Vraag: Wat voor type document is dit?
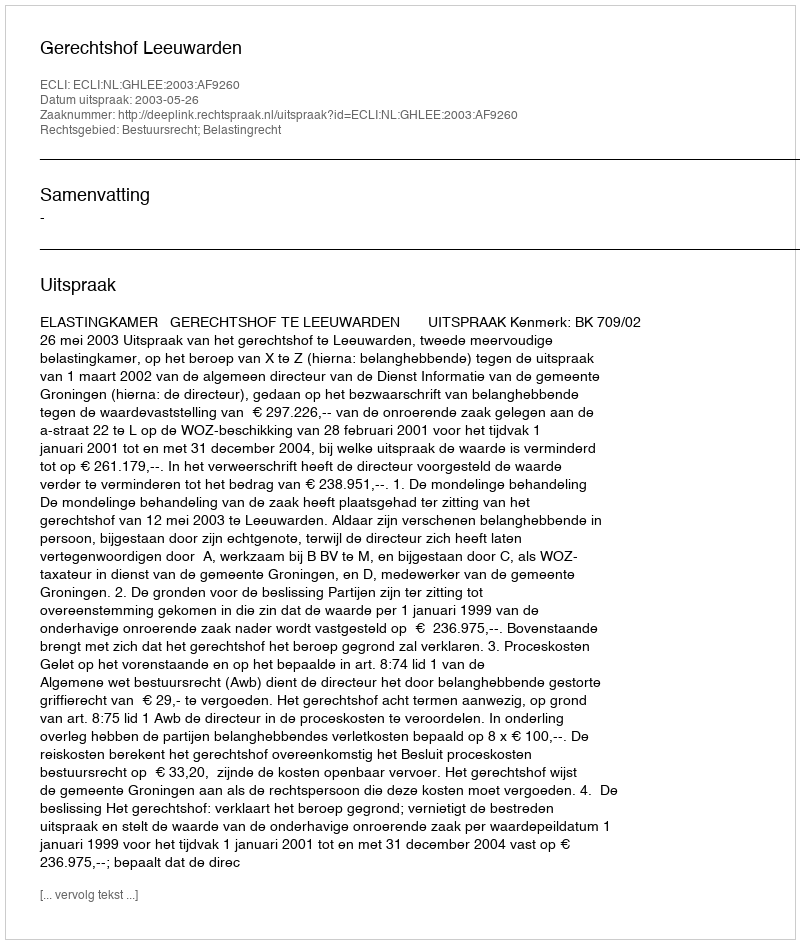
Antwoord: Uitspraak